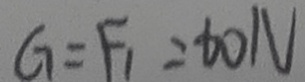
G = F _ { 1 } = t _ { 0 } N